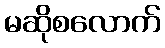
မဆိုစလောက်